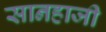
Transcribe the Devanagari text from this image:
सानहाजी